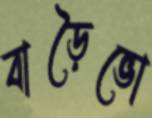
বাড়ৈভো